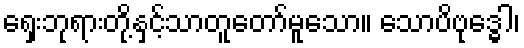
ရှေးဘုရားတို့နှင့်သာတူတော်မူသော။ သောပိဗုဒ္ဓေါ၊